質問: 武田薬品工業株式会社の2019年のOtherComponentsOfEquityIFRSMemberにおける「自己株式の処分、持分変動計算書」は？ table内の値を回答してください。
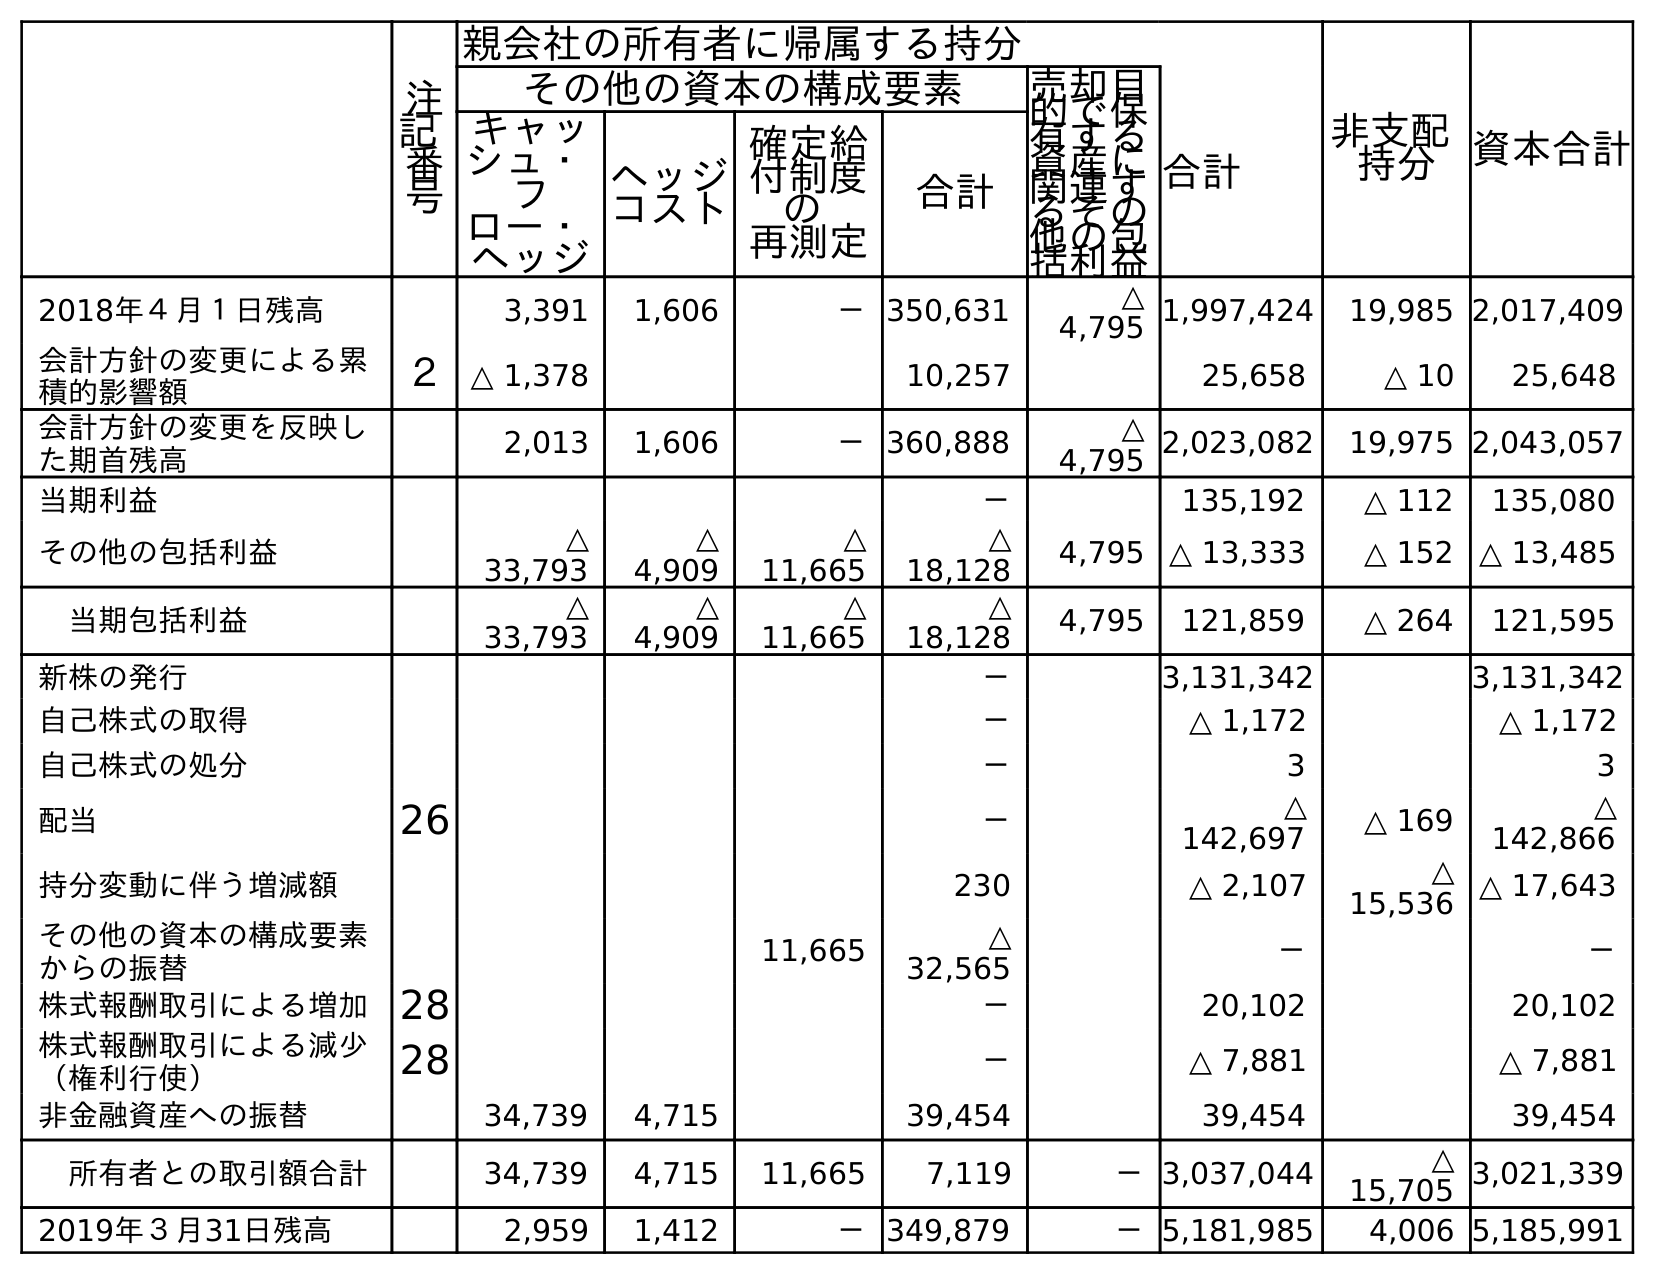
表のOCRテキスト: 注 記 番 号 親会社の所有者に帰属する持分 非支配 持分 資本合計 その他の資本の構成要素 売却目 的で保 有する 資産に 関連す るその 他の包 括利益 合計 キャッ シュ・ フ ロー・ ヘッジ ヘッジ コスト 確定給 付制度 の 再測定 合計 2018年４月１日残高 3,391 1,606 －350,631 △ 4,795 1,997,424 19,985 2,017,409 会計方針の変更による累 積的影響額 ２ △ 1,378 10,257 25,658 △ 10 25,648 会計方針の変更を反映し た期首残高 2,013 1,606 －360,888 △ 4,795 2,023,082 19,975 2,043,057 当期利益 － 135,192 △ 112 135,080 その他の包括利益 △ 33,793 △ 4,909 △ 11,665 △ 18,128 4,795 △ 13,333 △ 152 △ 13,485 当期包括利益 △ 33,793 △ 4,909 △ 11,665 △ 18,128 4,795 121,859 △ 264 121,595 新株の発行 － 3,131,342 3,131,342 自己株式の取得 － △ 1,172 △ 1,172 自己株式の処分 － 3 3 配当 26 － △ 142,697 △ 169 △ 142,866 持分変動に伴う増減額 230 △ 2,107 △ 15,536 △ 17,643 その他の資本の構成要素 からの振替 11,665 △ 32,565 － － 株式報酬取引による増加28 － 20,102 20,102 株式報酬取引による減少 （権利行使） 28 － △ 7,881 △ 7,881 非金融資産への振替 34,739 4,715 39,454 39,454 39,454 所有者との取引額合計 34,739 4,715 11,665 7,119 －3,037,044 △ 15,705 3,021,339 2019年３月31日残高 2,959 1,412 －349,879 －5,181,985 4,006 5,185,991
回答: －